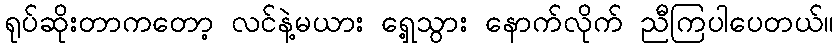
ရုပ်ဆိုးတာကတော့ လင်နဲ့မယား ရှေ့သွား နောက်လိုက် ညီကြပါပေတယ်။